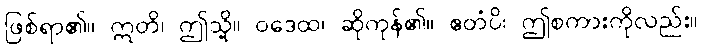
ဖြစ်ရာ၏။ ဣတိ၊ ဤသို့။ ဝဒေထ၊ ဆိုကုန်၏။ ဧတံပိ၊ ဤစကားကိုလည်း။